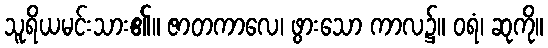
သူရိယမင်းသား၏။ ဇာတကာလေ၊ ဖွားသော ကာလ၌။ ဝရံ၊ ဆုကို။